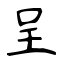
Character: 呈